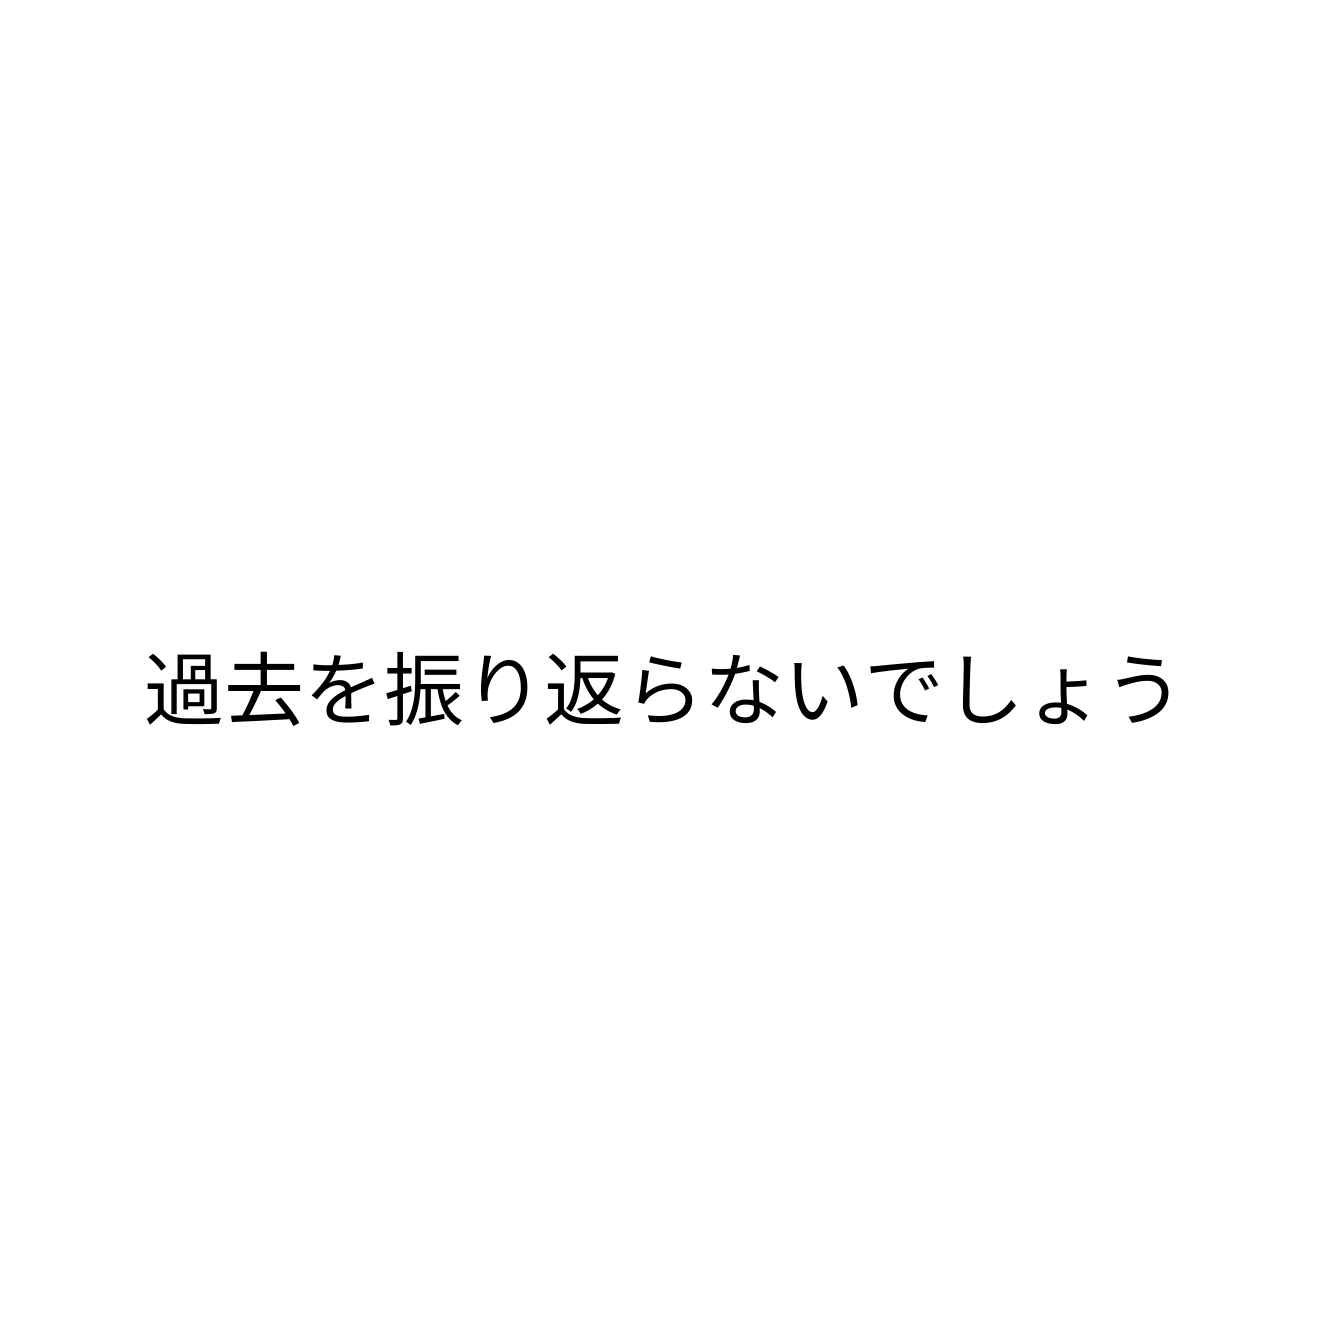
過去を振り返らないでしょう